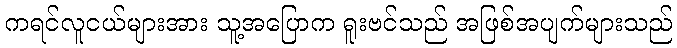
ကရင်လူငယ်များအား သူ့အပြောက ရူးဗင်သည် အဖြစ်အပျက်များသည်